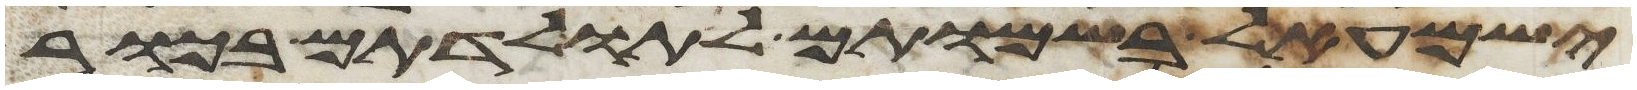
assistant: ישמעאל בשמותם לתולדתם בכור